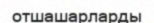
отшашарларды